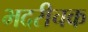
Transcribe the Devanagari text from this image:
भदरीचक